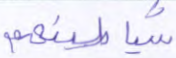
شياطينهم